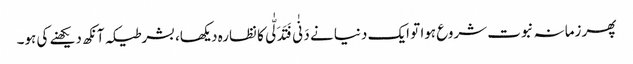
پھر زمانہ نبوت شروع ہوا تو ایک دنیا نے دَنٰی فَتَدَلّٰی کا نظارہ دیکھا، بشرطیکہ آنکھ دیکھنے کی ہو۔